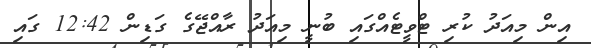
އިން މިއަދު ކުރި ޓްވީޓެއްގައި ބުނީ މިއަދު ރާއްޖޭގެ ގަޑިން 12:42 ގައި